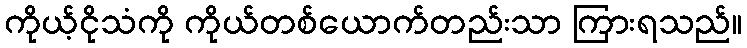
ကိုယ့်ငိုသံကို ကိုယ်တစ်ယောက်တည်းသာ ကြားရသည်။